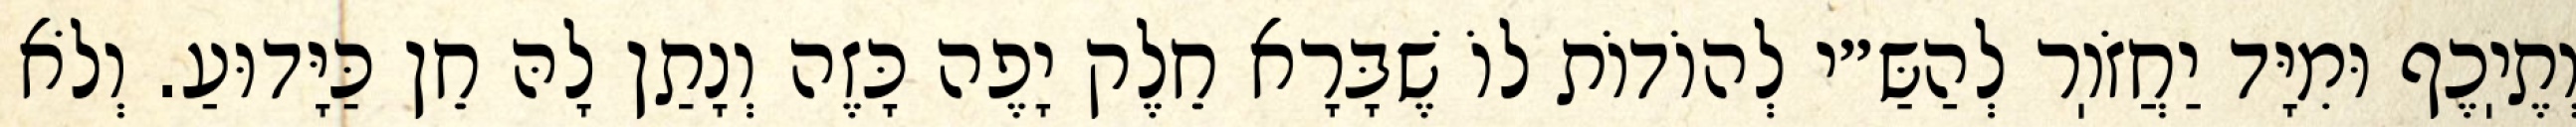
וְתֶיֽכֶף וּמִיָּד יַחֲזֹוֽר לְהַשַּ״י לְהוֹדוֹת לוֹ שֶׁבָּרָא חֵלֶק יָפֶה כָּזֶה וְנָתַן לָהּ חֵן כַּיָּדוּעַ. וְלֹא